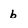
Character: b